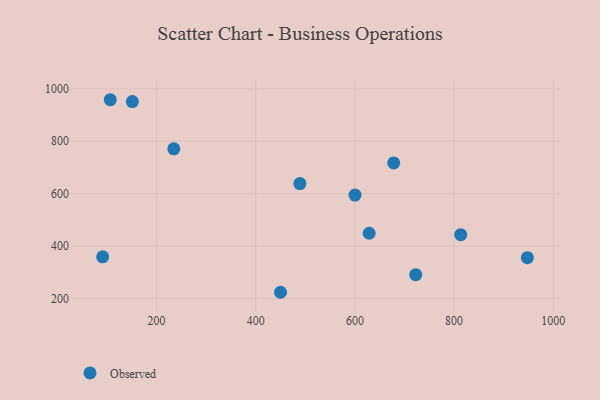
{"axis": {"x": "Speed", "y": "Fuel Efficiency"}, "legend": ["Observed"], "data": [{"x": "106.9", "y": 958.6, "type": "Observed"}, {"x": "450.1", "y": 223.4, "type": "Observed"}, {"x": "813.4", "y": 443.3, "type": "Observed"}, {"x": "91.4", "y": 358.6, "type": "Observed"}, {"x": "234.9", "y": 771.3, "type": "Observed"}, {"x": "489.1", "y": 638.6, "type": "Observed"}, {"x": "151.3", "y": 951.7, "type": "Observed"}, {"x": "600.3", "y": 594.4, "type": "Observed"}, {"x": "628.8", "y": 448.8, "type": "Observed"}, {"x": "947.8", "y": 355.6, "type": "Observed"}, {"x": "722.7", "y": 290.7, "type": "Observed"}, {"x": "678.3", "y": 717.2, "type": "Observed"}]}